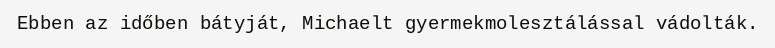
Ebben az időben bátyját, Michaelt gyermekmolesztálással vádolták.